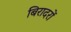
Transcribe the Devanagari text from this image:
बिरादरों